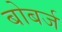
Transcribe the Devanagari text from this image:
बोबर्ज